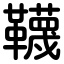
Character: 韈